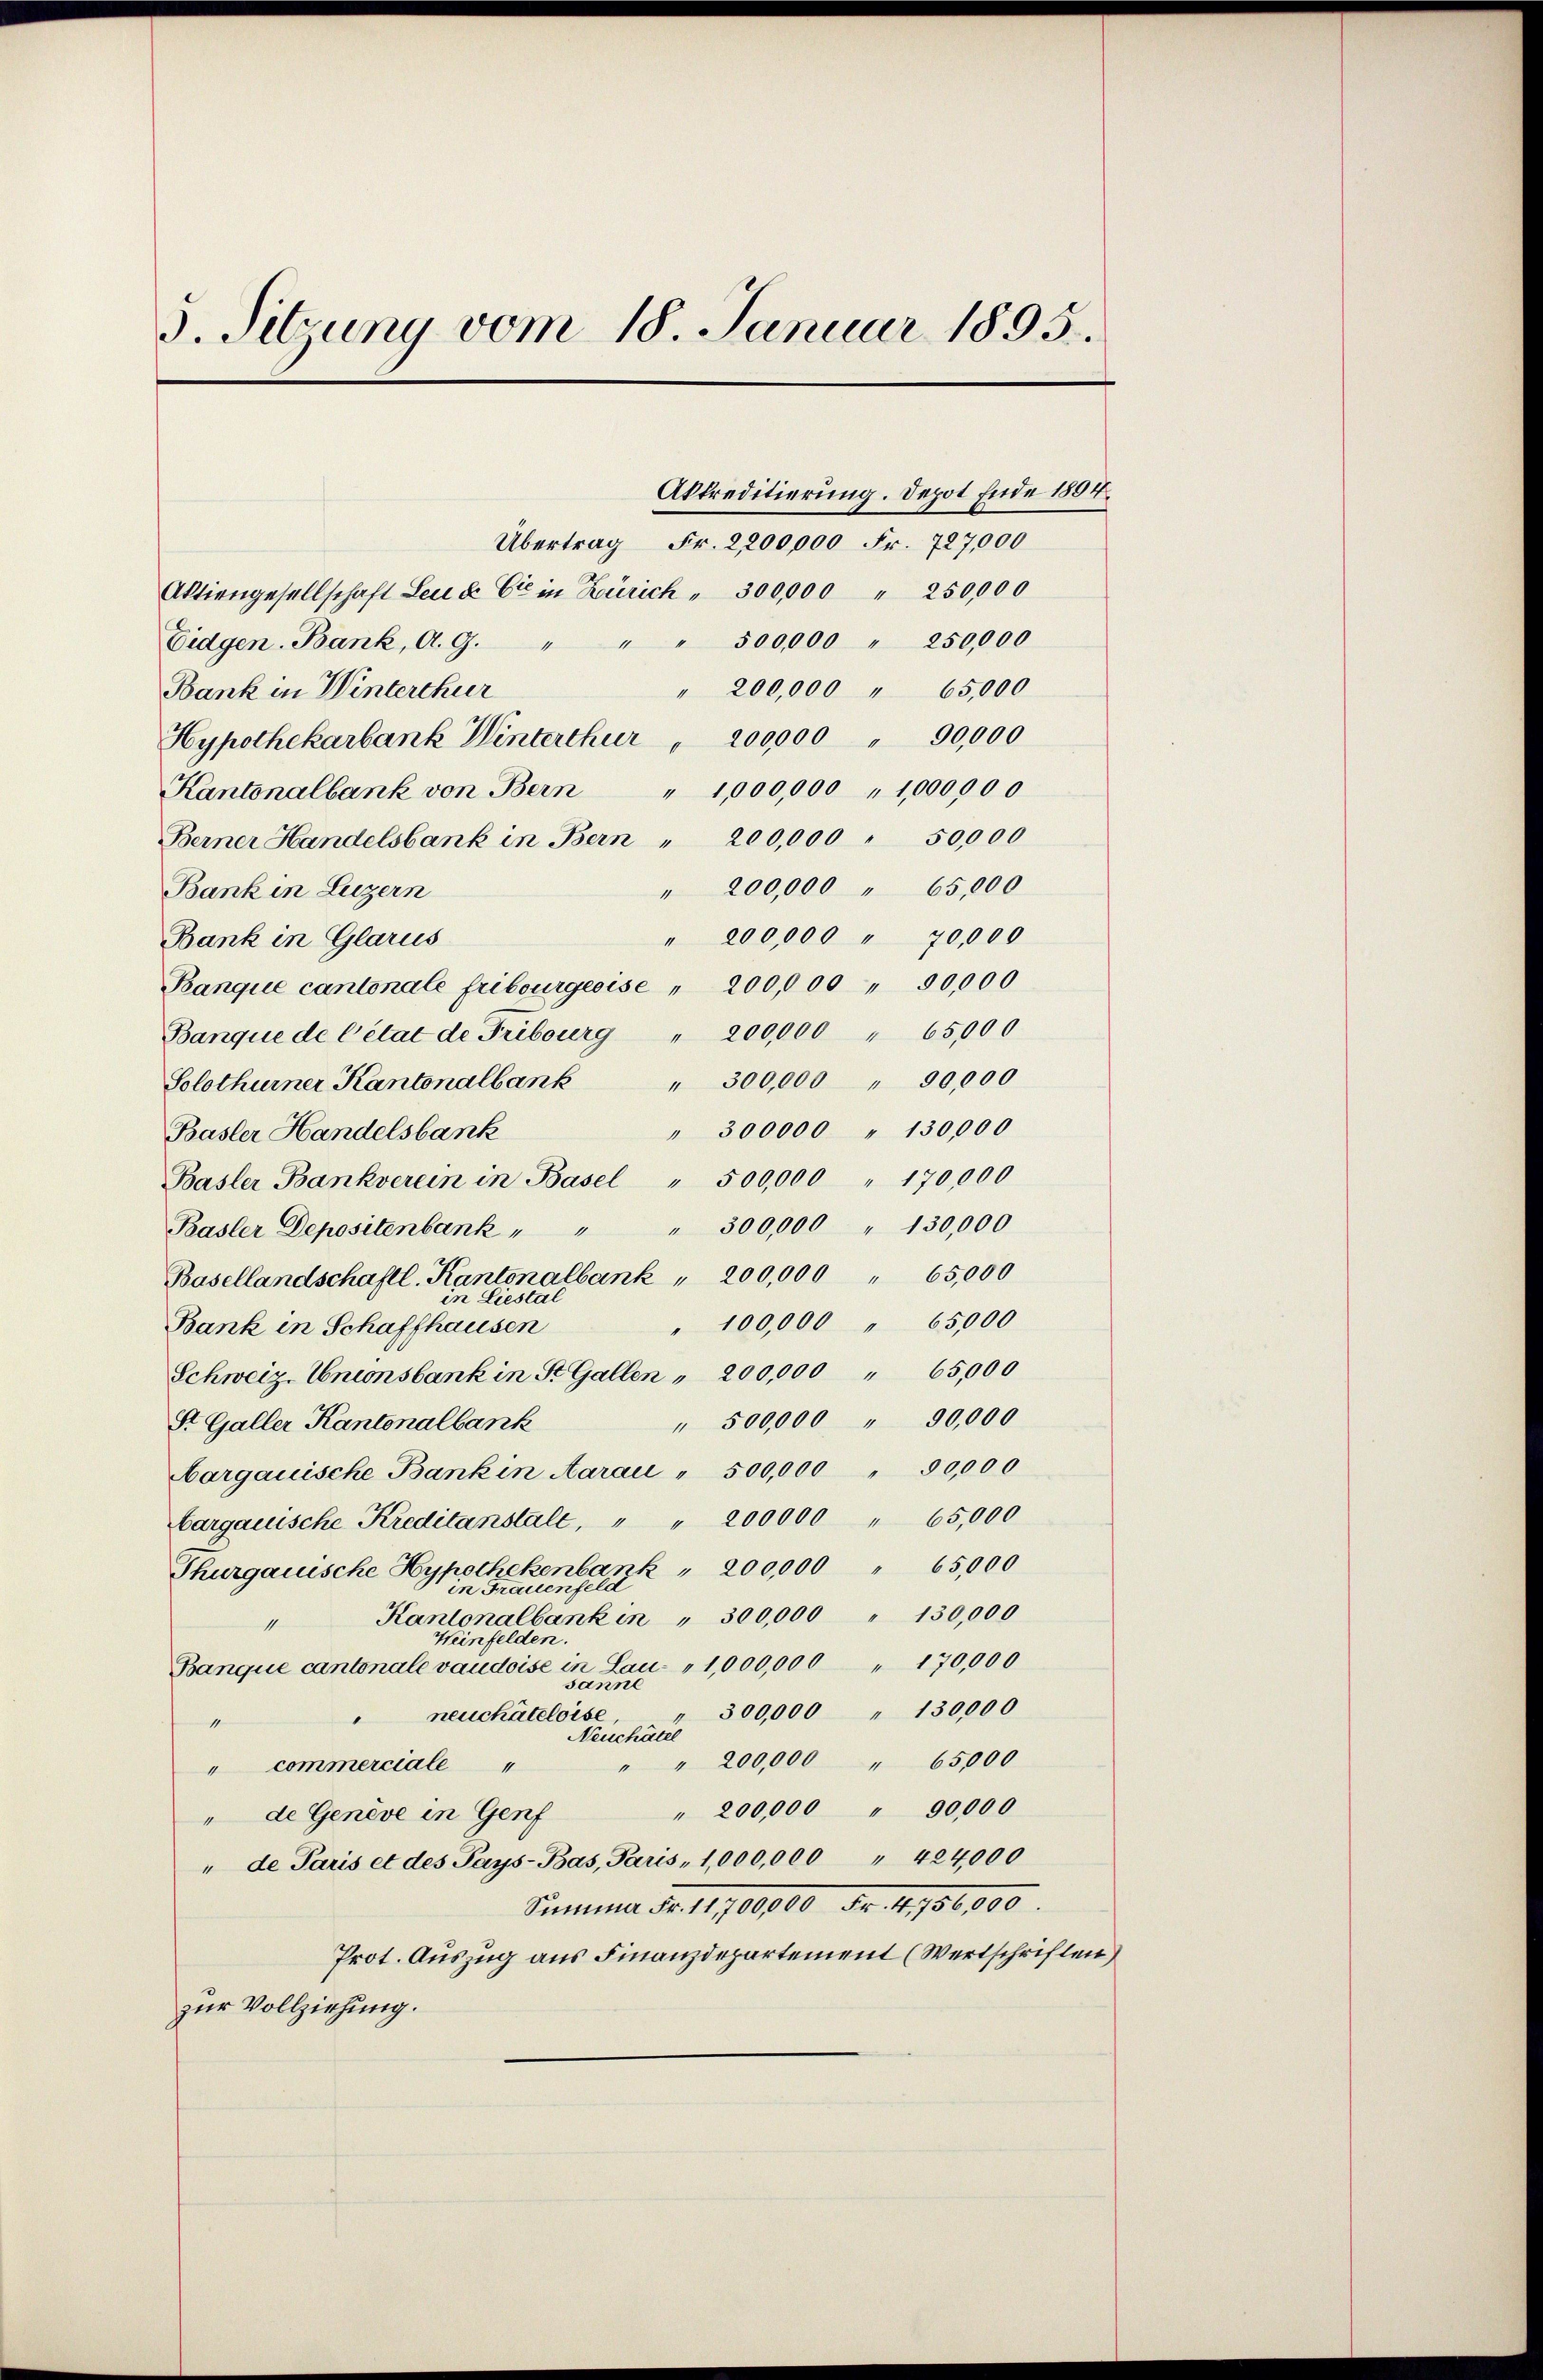
s. Sitzung vom 18. Januar 1895.

Eidgen. Bank, A. G.
Bank in Winterthur
Hypothekarbank Winterthur " 200,000 " 90,000
Kantonalbank von Bern " 1,000,000 " 1,000000
Berner Handelsbank in Bern " 200,000 " 50,000
Bank in Luzern
Bank in Glarus
Banque cantonale Fribourgeoise " 200,000 " 50,000
Banque de l’état de Fribourg " 200,000 " 65,000
Solothurner Kantonalbank " 300,000 " 90,000
Basler Handelsbank
Basler Bankverein in Basel " 500,000 " 170,000
Basler Depositenbank
Basellandschaftl. Kantonalbank " 200,000 " 65,000
Liestal
i
Bank in Schaffhausen
Schweiz. Unionsbank in St. Gallen " 200,000 " 65,000
St. Galler Kantonalbank
argauische Bank in Aarau " 500,000 " 50,000
Cargauische Kreditanstalt, " " 200000 " 65,000
Thurgauische Hypothekenbank " 200,000 " 65,000
in Frauenfeld
Kantonalbank in " 300,000 " 130,000
11
Weinfelden.
Banque cantonale vaudoise in Lau- "1,000,000 " 170,000
sanne
neuchâteloise
"
4
Neuchâtel
 200,000 " 65000
" commerciale
" de Genève in Genf
"de Paris et des Pays-Bas, Paris „ 1,000,000 " 424,000
Sima Fr. 10000 Fr. 486,000.
Prot. Auszug aus Finanzdepartement (Wertschriften)
zur Vollziehung.

Aktiengesellschaft Leu & Cie in Zürich " 300,000 " 250,000

Akkreditierung. Depot Ende 1804.
Übertrag Fr. 2,200,000 Fr. 727,000
" " 500,000 " 250,000

" 200,000 " 65,000
" 200,000 " 65,000
" 200,000 " 70,000
" 300000 " 130000
" 300,000 " 130,000
" 100,000 " 65000
" 500,000 " 90,000
300,000 " 130000
" 200,000 " 90000